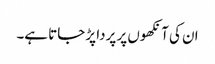
ان کی آنکھوں پر پردا پڑ جاتا ہے۔